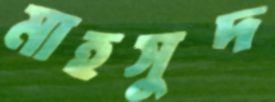
মাহসুদ